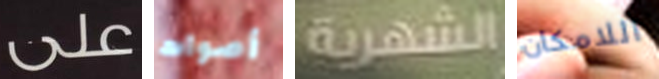
على أصوات الشهرية اللامكان